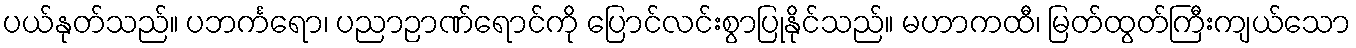
ပယ်နုတ်သည်။ ပဘင်္ကရော၊ ပညာဉာဏ်ရောင်ကို ပြောင်လင်းစွာပြုနိုင်သည်။ မဟာကထီ၊ မြတ်ထွတ်ကြီးကျယ်သော